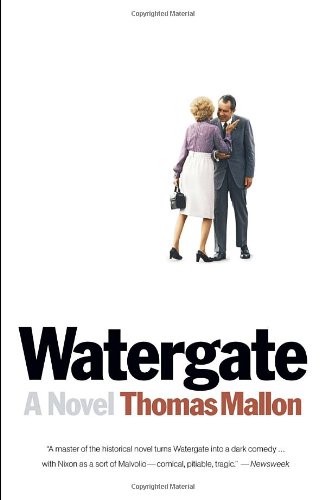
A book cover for Watergate: A Novel; Thomas Mallon; Literature & Fiction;